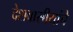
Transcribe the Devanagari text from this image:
देशवासीयांचे